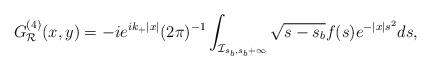
LaTeX: \begin{align*}G^{(4)}_{\mathcal R}(x,y)= -{ie^{i k_{+}\vert x \vert}}{(2\pi)^{-1}}\int_{\mathcal{I}_{s_b,s_b+\infty}}\sqrt{s-s_b}f(s)e^{-\vert x \vert s^2}ds, \end{align*}